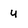
Character: u